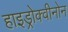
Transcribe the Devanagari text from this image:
हाइड्रोक्वीनोन